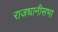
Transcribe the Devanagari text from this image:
राजधानीसभा